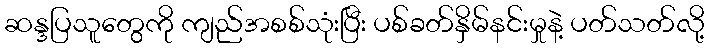
ဆန္ဒပြသူတွေကို ကျည်အစစ်သုံးပြီး ပစ်ခတ်နှိမ်နင်းမှုနဲ့ ပတ်သတ်လို့